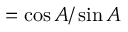
= { \cos A / \sin A }